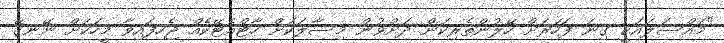
"މައްސަލައަކީ ގިނަ ފަހަރަށް ހޭލުންތެރިކަން ދަށްވުން މިސާލަކަށް ހާޓްއެޓޭކެއް ޖެހިފައިވާ މީހަކަށް ނޭނގޭ